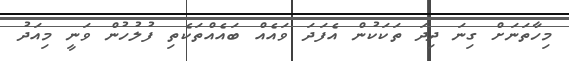
މިހާތަނަށް ގިނަ ދިދަ ތަކަކުން އެފަދަ ވައެއް ބައެއްތަކެތި ފުލުހުން ވަނީ މިއަދު